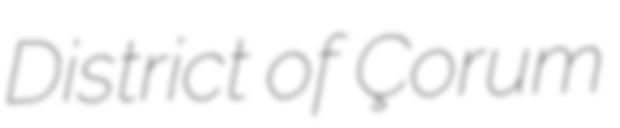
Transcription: District of Çorum